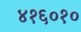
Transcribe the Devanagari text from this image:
४१६०१०